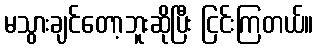
မသွားချင်တော့ဘူးဆိုပြီး ငြင်းကြတယ်။